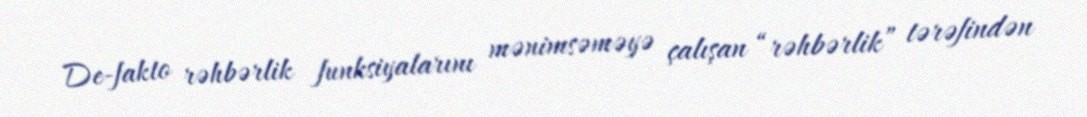
De-fakto rəhbərlik funksiyalarını mənimsəməyə çalışan “rəhbərlik” tərəfindən